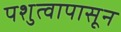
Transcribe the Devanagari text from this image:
पशुत्वापासून